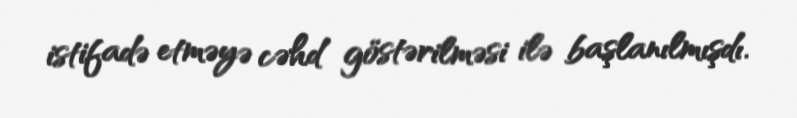
istifadə etməyə cəhd göstərilməsi ilə başlanılmışdı.